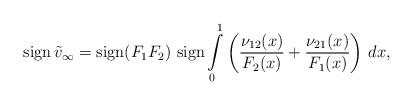
LaTeX: \begin{align*} \operatorname{sign}\tilde v_\infty=\mathrm{sign}(F_1F_2)\,\operatorname{sign} \int\limits_0^1 \left(\frac {\nu_{12}(x)} {F_2(x)}+\frac {\nu_{21}(x)}{F_1(x)}\right)\, dx, \end{align*}